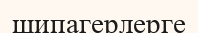
шипагерлерге